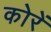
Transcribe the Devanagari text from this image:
कोरें